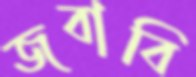
জবাবি